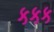
કકક